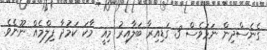
ގެނެސްދިން ނަމަވެސް 3 ގަޑިއިރާ ބަލާއިރު މިއީ މާކަ ކަމުދާ ފިލްމެއް ނޫނެވެ.